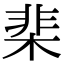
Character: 棐